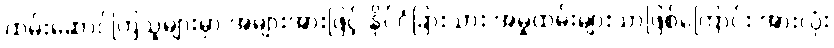
ထမ်းဆောင်ကြသူများမှာ အများအားဖြင့် နိုင်ငံခြားသား အမှုထမ်းများသာဖြစ်ကြောင်း အားလုံး